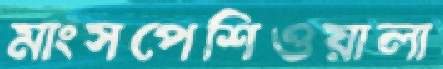
মাংসপেশিওয়ালা